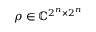
\rho \in \mathbb { C } ^ { 2 ^ { n } \times 2 ^ { n } }